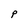
Character: P